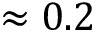
\approx 0 . 2